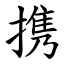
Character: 携